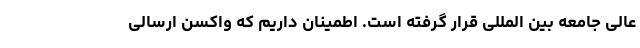
عالی جامعه بین المللی قرار گرفته است. اطمینان داریم که واکسن ارسالی